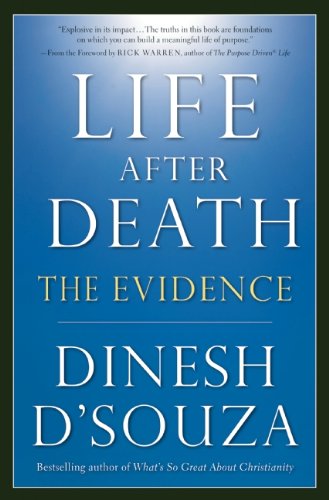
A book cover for Life After Death: The Evidence; Dinesh D'Souza; Religion & Spirituality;